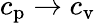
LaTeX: c_{\mathrm{p}}\rightarrow c_{\mathrm{v}}